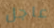
عاجل